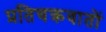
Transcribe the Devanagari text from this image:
प्रतिचक्रवातों